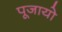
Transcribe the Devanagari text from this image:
पूजायो